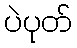
ပဲပုတ်